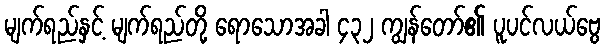
မျက်ရည်နှင့် မျက်ရည်တို့ ရောသောအခါ ၄၃၂ ကျွန်တော်၏ ပူပင်လယ်ဗွေ